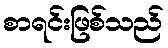
စာရင်းဖြစ်သည်